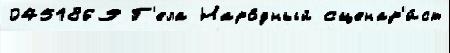
0451869 Г'ела Наро́дный сценар'и́ст